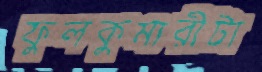
ফুলকুমারীটা